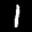
Label: 1